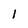
Character: 1